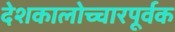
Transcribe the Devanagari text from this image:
देशकालोच्चारपूर्वक